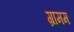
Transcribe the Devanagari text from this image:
ग्रामम